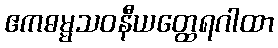
ဧကဓမ္မသဝနီယတ္ထေရဂါထာ